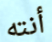
أنته